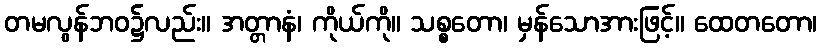
တမလွန်ဘဝ၌လည်း။ အတ္တာနံ၊ ကိုယ်ကို။ သစ္စတော၊ မှန်သောအားဖြင့်။ ထေတတော၊